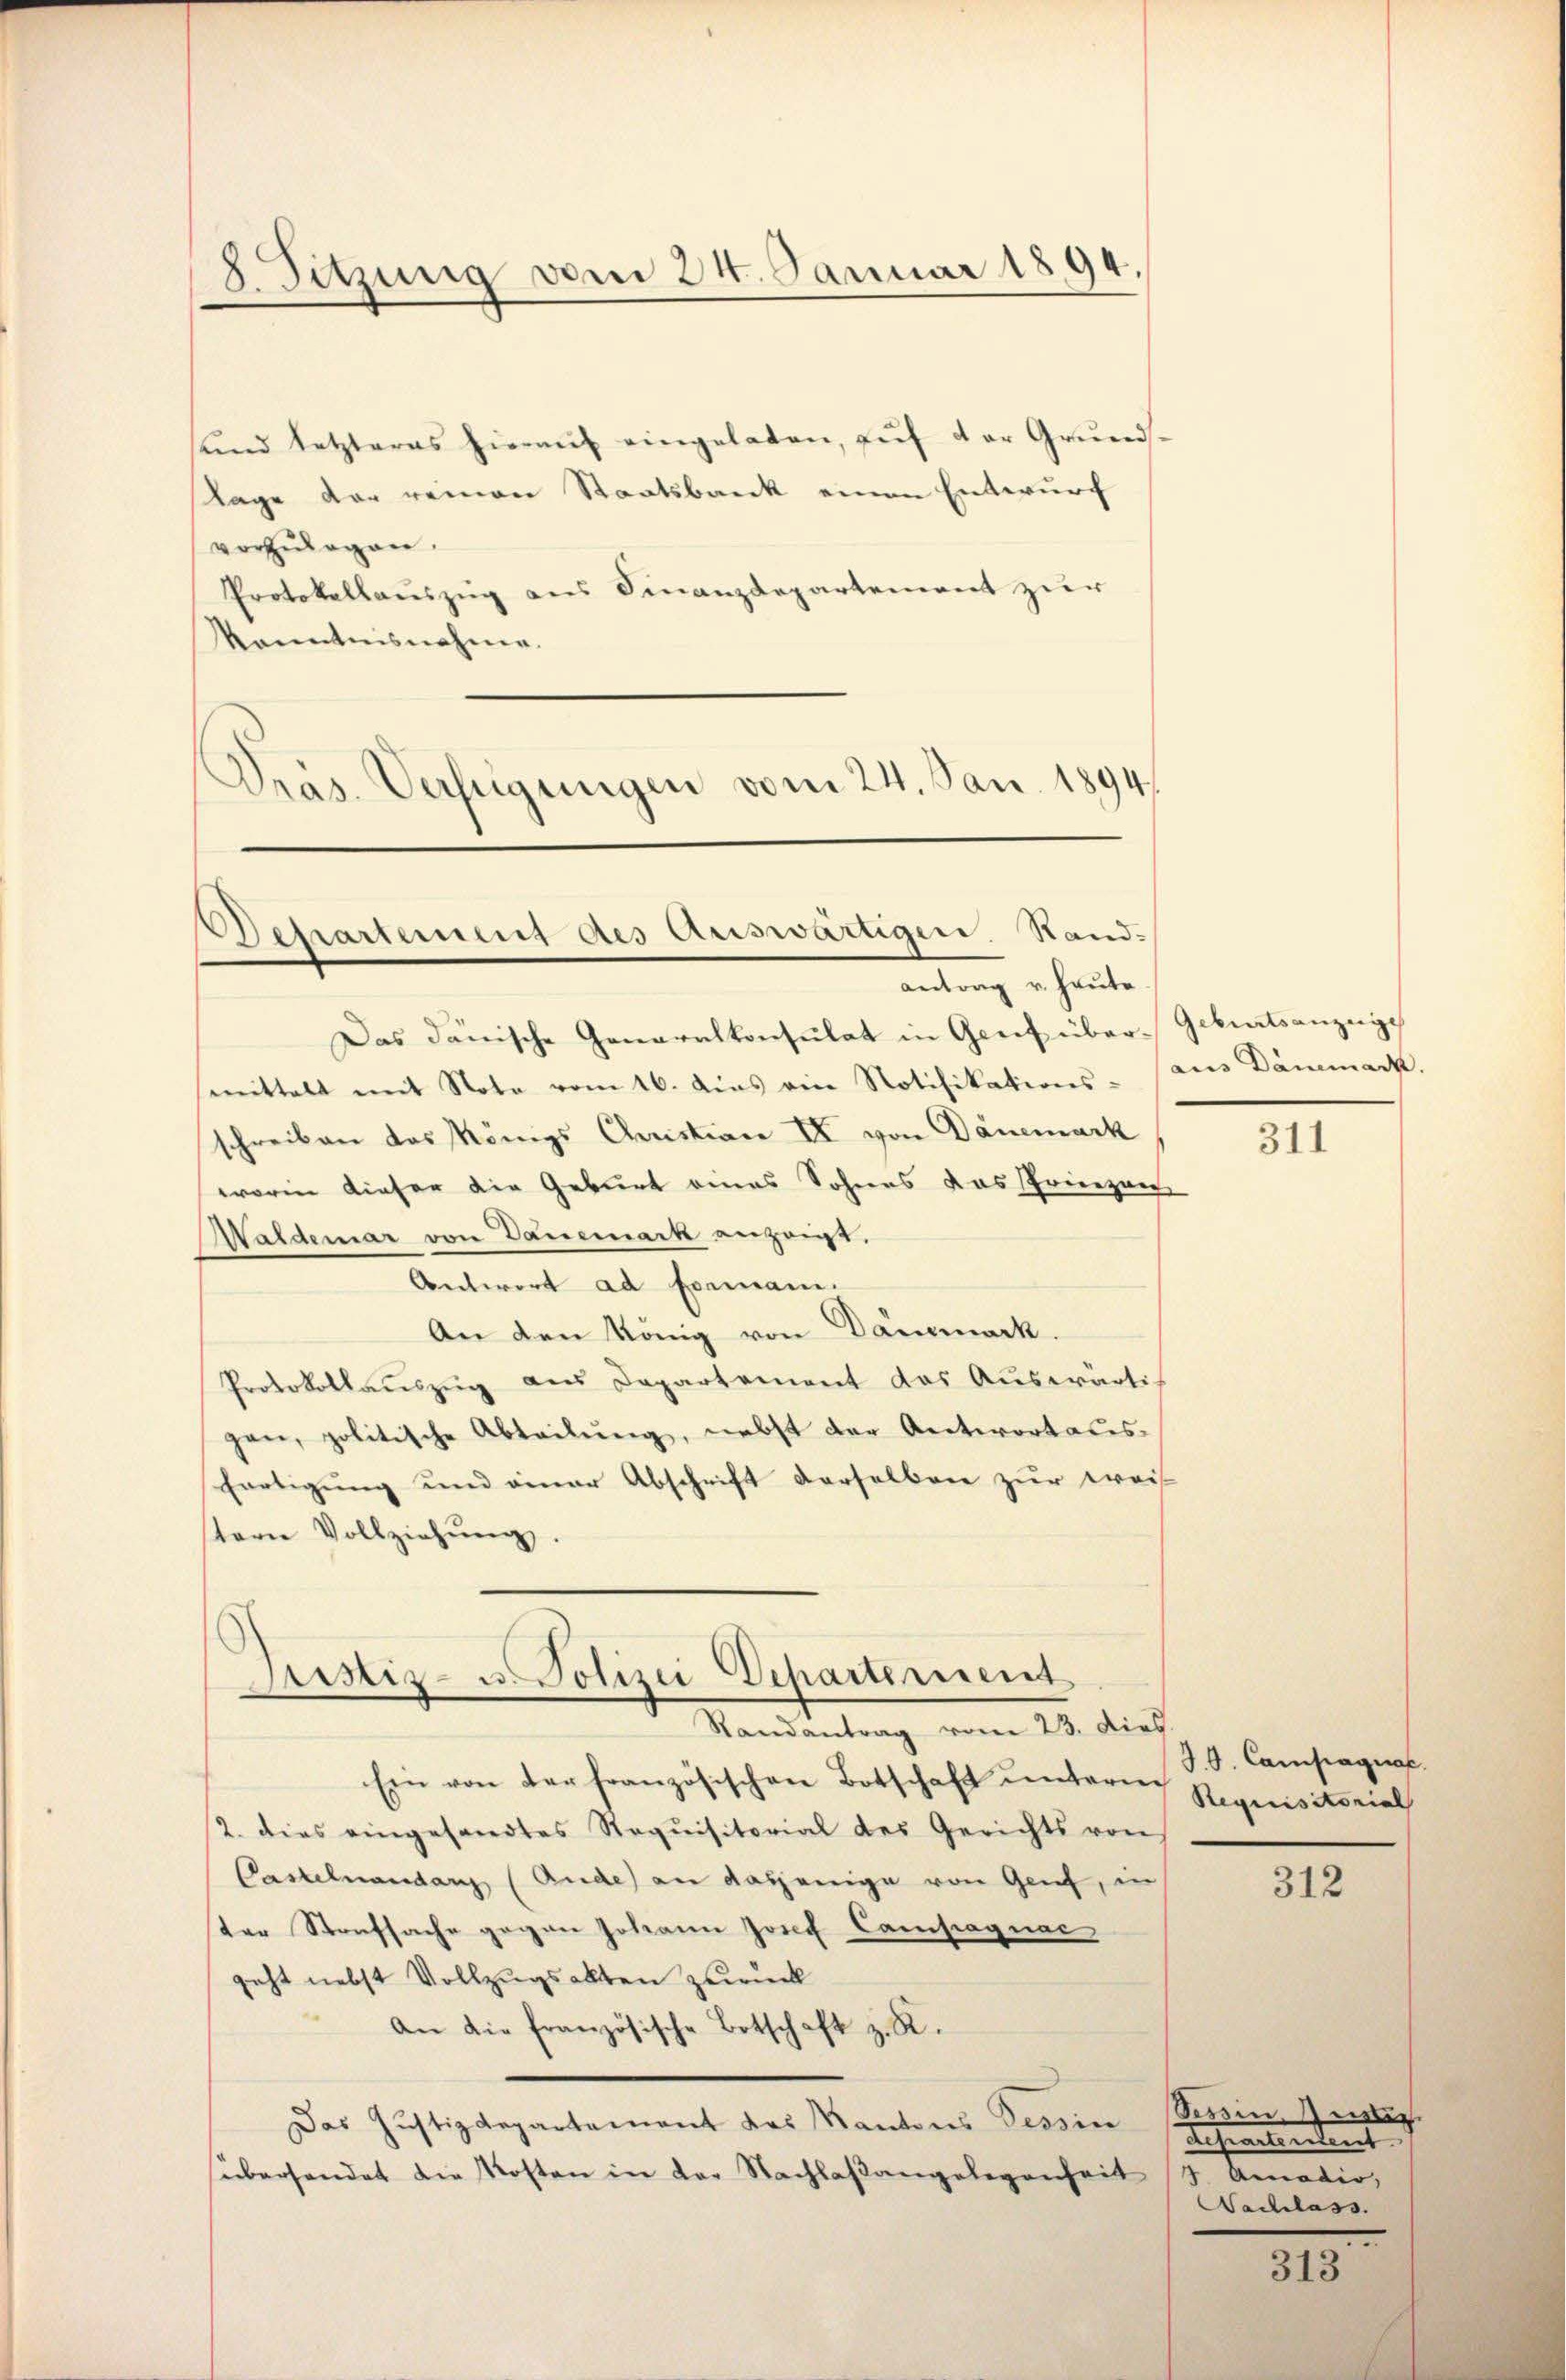
2Sitzung vom 24. Januar 1894.

sund letzteres hieraŭf eingelaten, aŭf der Grŭnd-
lage der reinen Staatsbank einen Entwurf
vorzulegen.
Protokollauszug aus Finanzdepartement zur
kanntnisnahme.
Präs. Verfügungen vom 24. Jan. 1894

Departement des Auswärtigen Standantrag u. heute.

Das danische Generalkonsulat in Genf übersmittelt mit Note vom 16. Aus eine Notifikations-
schreiben das Königs Christian II von Dänemark
worin dieser die Geburt eines Sohnes das Prienzen
Waldemar von Danemark anzeigt,
Antwort ad Formani.
An den König von Dausmark.
Protokollauszug aus Departement das Auswärtig
gen, politische Abteilŭng, nebst der Antwort aus-
fertigung und einer Abschrift derselben zur weis
terie Vollziehŭng.
Justiz- u. Polizei Departement
Randantrag vom 23. dies
Ein von der französischen Botschaft unterm
2. dies eingesandtes Sequisitorial des Gerichts von
Casteinandenz (Ande) an dasjenige von Genf, in
der Strafsache gegen Johann Josef Campagner
geht nebst Vollzugsakten zurück
An die französische Botschaft z. R.
Das Justizdepartement des Kantons Tessin
süberhandet die Kosten in der Nachlaßangelegenheit (3. Amatio,

Geburtsanzeige
aus Dammark.

311

J.G. Campagnat
Requisitorial

312

Tessin, Geister.
Lehrantendent
Wachlass.

313